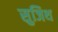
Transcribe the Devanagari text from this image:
सुजिथ